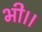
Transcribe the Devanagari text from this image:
भी।।